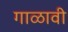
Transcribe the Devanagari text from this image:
गाळावी